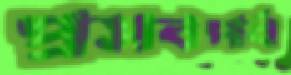
প্রসবপর্ব